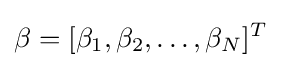
\beta =[\beta _{1},\beta _{2},\ldots ,\beta _{N}]^{T}